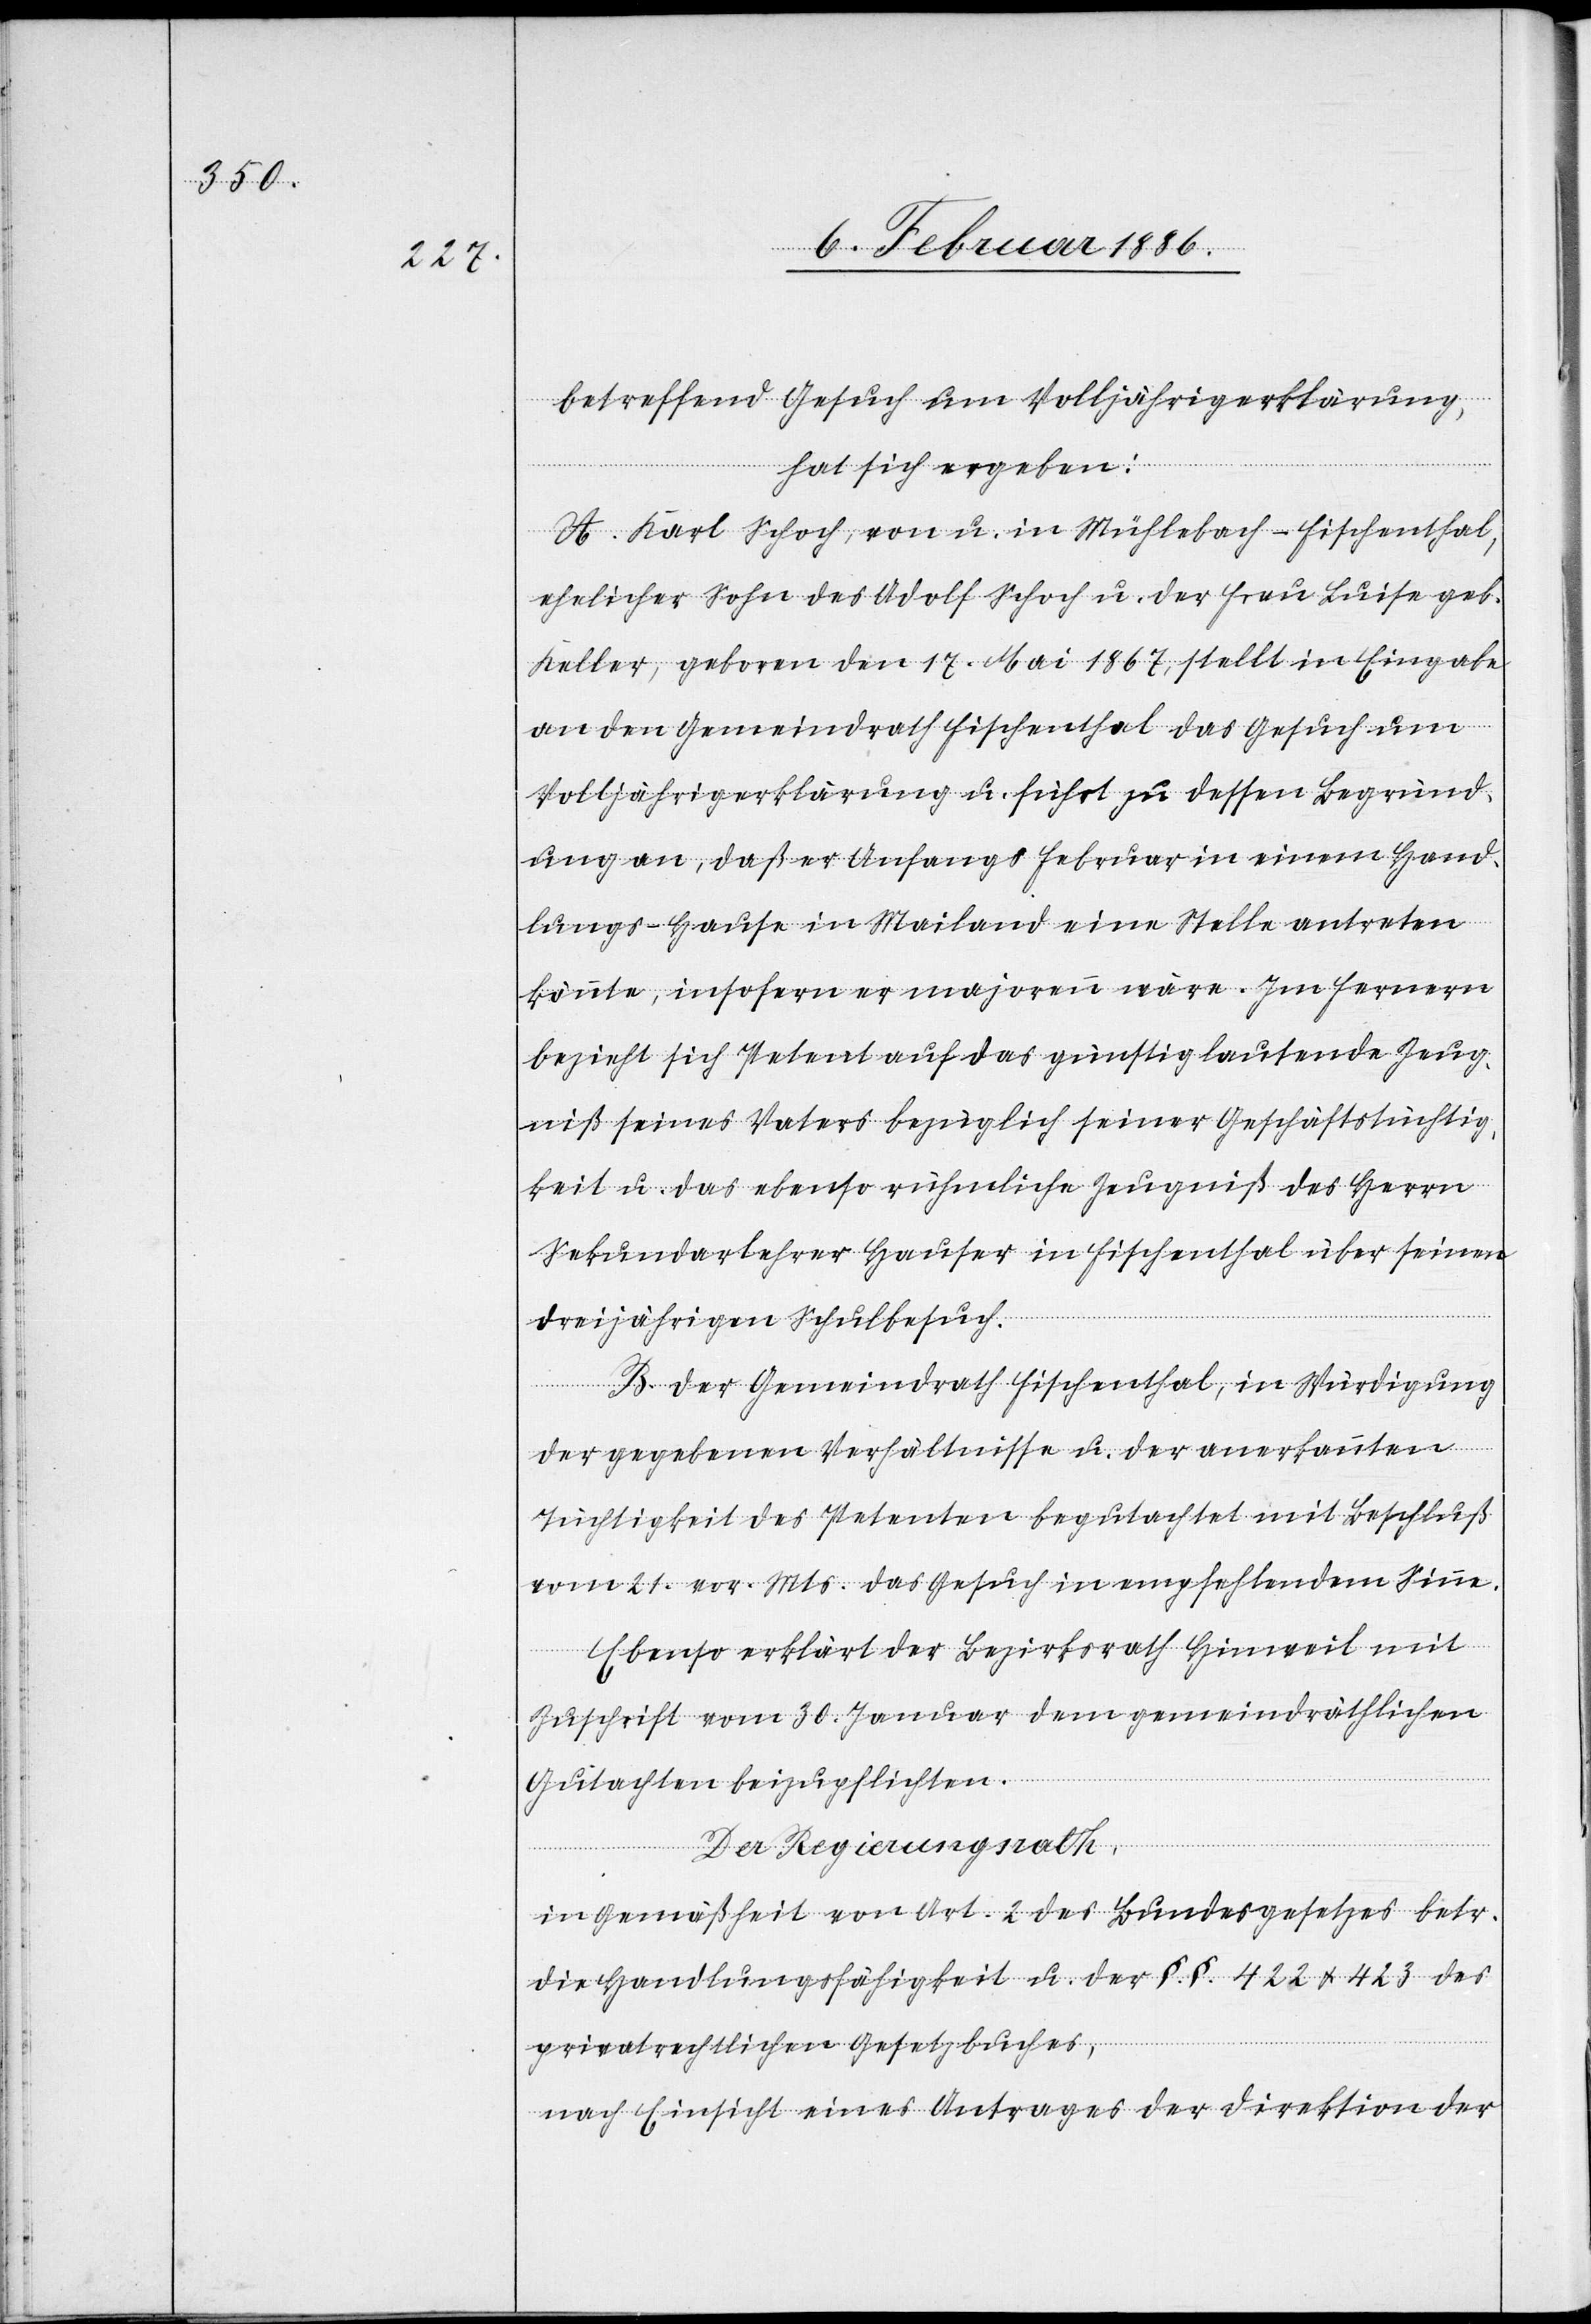
betreffend Gesuch um Volljährigerklärung,
hat sich ergeben:
A. Karl Schoch, von u. in Mühlebach - Fischenthal,
ehelicher Sohn des Adolf Schoch u. der Frau Luise geb.
Keller, geboren den 17. Mai 1867, stellt in Eingabe
an den Gemeindrath Fischenthal das Gesuch um
Volljährigerklärung u. führt zu dessen Begründ¬
ung an, daß er Anfangs Februar in einem Hand¬
lungs-Hause in Mailand eine Stelle antreten
könnte, insofern er majorenn wäre. Im Ferneren
bezieht sich Petent auf das günstig lautende Zeug¬
niß seines Vaters bezüglich seiner Geschäftstüchtig¬
keit u. das ebenso rühmliche Zeugniß des Herrn
Sekundarlehrer Hauser in Fischenthal über seinen
dreijährigen Schulbesuch.
B. Der Gemeindrath Fischenthal, in Würdigung
der gegebenen Verhältnisse u. der anerkannten
Tüchtigkeit des Petenten begutachtet mit Beschluß
vom 21. vor. Mts. das Gesuch in empfehlendem Sinne.
Ebenso erklärt der Bezirksrath Hinweil mit
Zuschrift vom 30. Januar dem gemeindräthlichen
Gutachten beizupflichten.
Der Regierungsrath,
in Gemäßheit von Art. 2 des Bundesgesetzes betr.
die Handlungsfähigkeit u. der §. §. 422 & 423 des
privatrechtlichen Gesetzbuches,
nach Einsicht eines Antrages der Direktion der